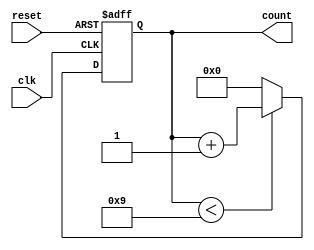
module bcd_counter (
    input wire clk,        // Clock signal
    input wire reset,      // Asynchronous reset signal
    output reg [3:0] count // 4-bit output for BCD count
);

// Always block for synchronous counting
always @(posedge clk or posedge reset) begin
    if (reset) begin
        count <= 4'b0000; // Reset the counter to 0
    end else begin
        if (count < 4'b1001) begin
            count <= count + 1; // Increment count if less than 9
        end else begin
            count <= 4'b0000; // Reset to 0 if count reaches 10
        end
    end
end

endmodule